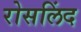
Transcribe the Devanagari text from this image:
रोसलिंद